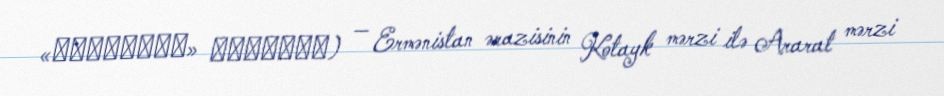
«Էրեբունի» արգելոց) — Ermənistan ərazisinin Kotayk mərzi ilə Ararat mərzi